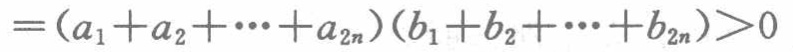
\(=(a_{1}+a_{2}+\cdots +a_{2n})(b_{1}+b_{2}+\cdots +b_{2n})>0\)